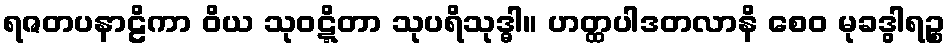
ရဇတပနာဠိကာ ဝိယ သုဝဋ္ဋိတာ သုပရိသုဒ္ဓါ။ ဟတ္ထပါဒတလာနိ စေဝ မုခဒွါရဉ္စ